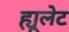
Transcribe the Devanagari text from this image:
ह्यूलेट